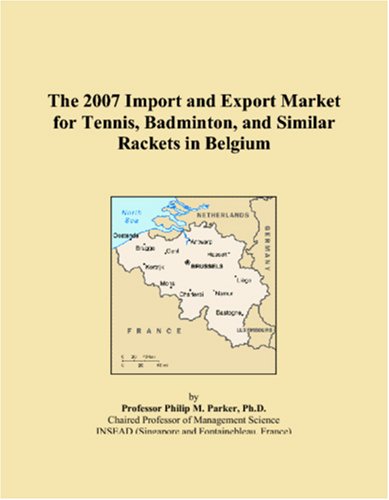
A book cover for The 2007 Import and Export Market for Tennis, Badminton, and Similar Rackets in Belgium; Philip M. Parker; Sports & Outdoors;